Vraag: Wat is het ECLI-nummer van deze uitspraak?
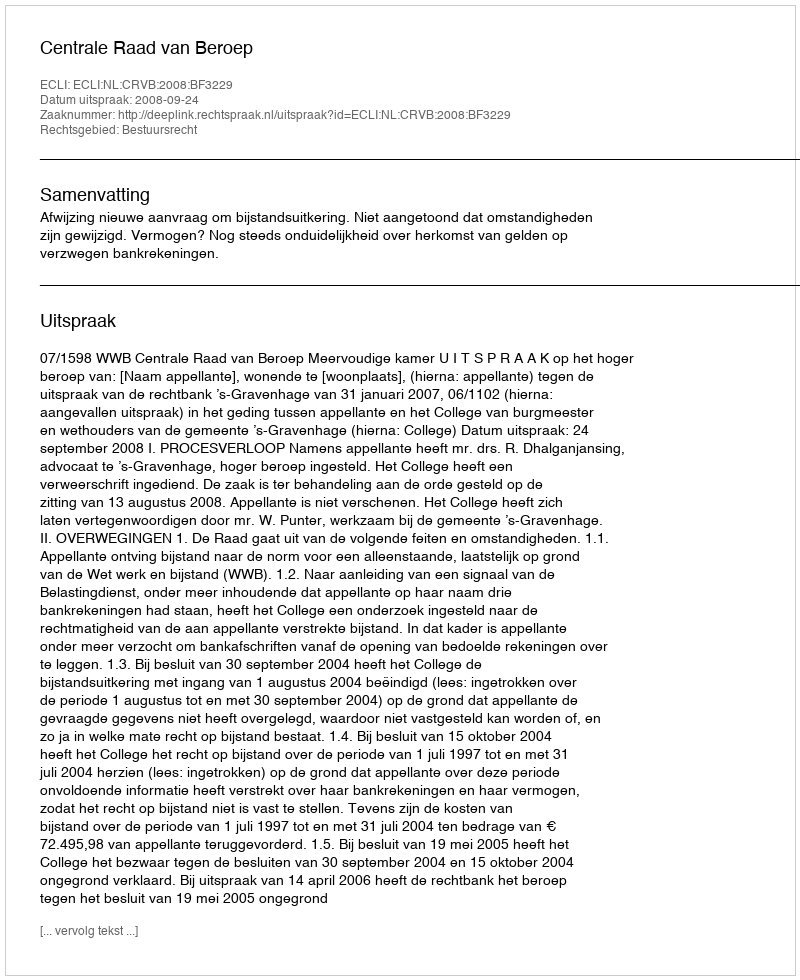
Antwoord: ECLI:NL:CRVB:2008:BF3229